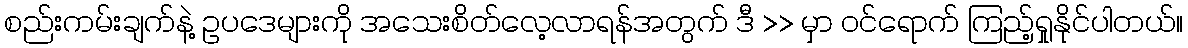
စည်းကမ်းချက်နဲ့ ဥပဒေများကို အသေးစိတ်လေ့လာရန်အတွက် ဒီ >> မှာ ၀င်ရောက် ကြည့်ရှုနိုင်ပါတယ်။